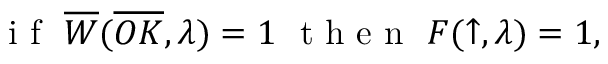
\mathrm { ~ i ~ f ~ } \ \overline { { W } } ( \overline { { O K } } , \lambda ) = 1 \ \mathrm { ~ t ~ h ~ e ~ n ~ } \ F ( \uparrow , \lambda ) = 1 ,